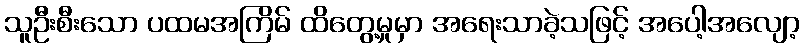
သူဦးစီးသော ပထမအကြိမ် ထိတွေ့မှုမှာ အရေးသာခဲ့သဖြင့် အပေါ့အလျော့